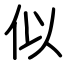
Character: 似